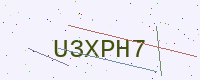
Text: U3XPH7